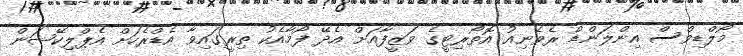
މޯލްޑިވްސް އިންލަންޑް ރެވެނިއު އޮތޯރިޓީގެ ވަޒީފާއަށް އެދޭ ފޯމާއެކު ތިރީގައިވާ އެޑްރެހަށް އެޕްލިކޭޝަން